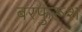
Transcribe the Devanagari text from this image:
बरफुरूश